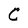
Character: C